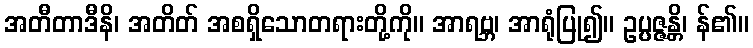
အတီတာဒီနိ၊ အတိတ် အစရှိသောတရားတို့ကို။ အာရဗ္ဘ၊ အာရုံပြု၍။ ဥပ္ပဇ္ဇန္တိ၊ န်၏။